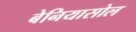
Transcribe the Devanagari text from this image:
बेनियासोल